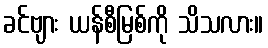
ခင်ဗျား ယန်စီမြစ်ကို သိသလား။